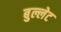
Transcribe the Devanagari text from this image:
बुल्लेट